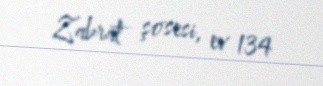
Zabrat şosesi, ev 134